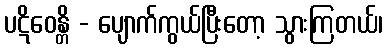
ပဋိဝေန္တိ - ပျောက်ကွယ်ပြီးတော့ သွားကြတယ်၊